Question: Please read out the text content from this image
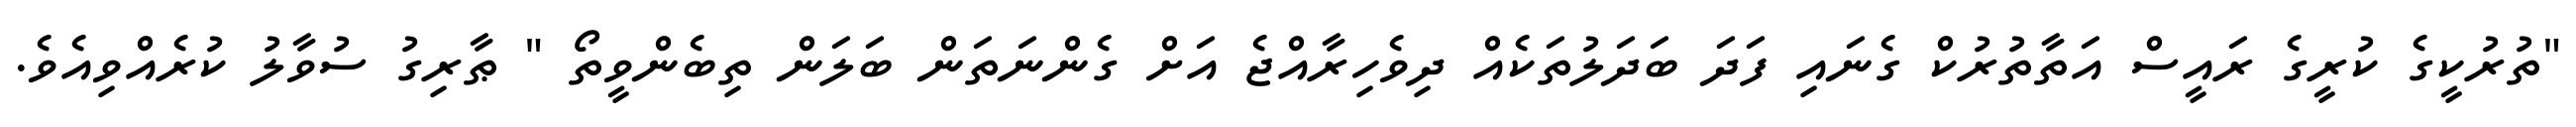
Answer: "ތުރުކީގެ ކުރީގެ ރައީސް އަތާތުރުކް ގެނައި ފަދަ ބަދަލުތަކެއް ދިވެހިރާއްޖެ އަށް ގެންނަތަން ބަލަން ތިބެންވީތޯ " ޠާރިގު ސުވާލު ކުރެއްވިއެވެ.